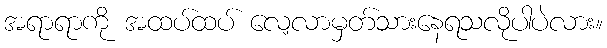
အရာရာကို အထပ်ထပ် လေ့လာမှတ်သားနေရသလိုပါပဲလား။